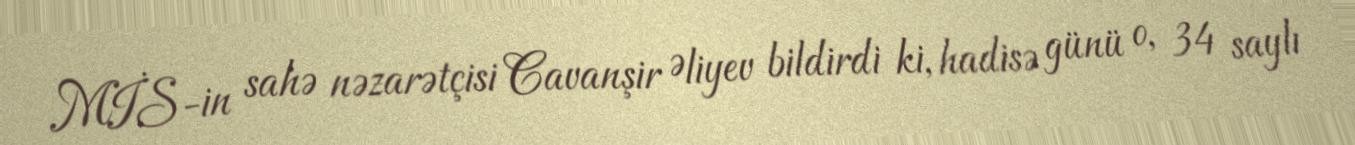
MİS-in sahə nəzarətçisi Cavanşir Əliyev bildirdi ki, hadisə günü o, 34 saylı